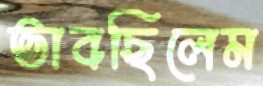
ভাবছিলেম